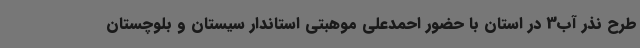
طرح نذر آب3 در استان با حضور احمدعلی موهبتی استاندار سیستان و بلوچستان